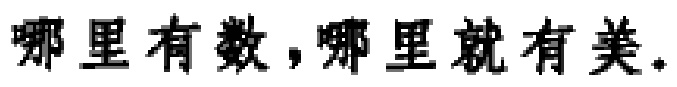
哪里有数，哪里就有美。